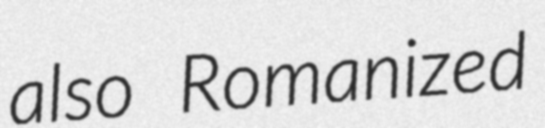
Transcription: also Romanized